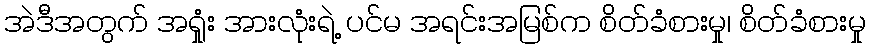
အဲဒီအတွက် အရှုံး အားလုံးရဲ့ ပင်မ အရင်းအမြစ်က စိတ်ခံစားမှု၊ စိတ်ခံစားမှု